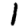
Digit: 1